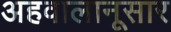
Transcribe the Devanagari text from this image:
अहवालानूसार